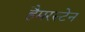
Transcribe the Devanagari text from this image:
हैमरस्टेन